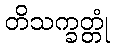
တိသက္ခတ္တုံ